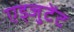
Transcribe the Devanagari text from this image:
एड्जुटेंट